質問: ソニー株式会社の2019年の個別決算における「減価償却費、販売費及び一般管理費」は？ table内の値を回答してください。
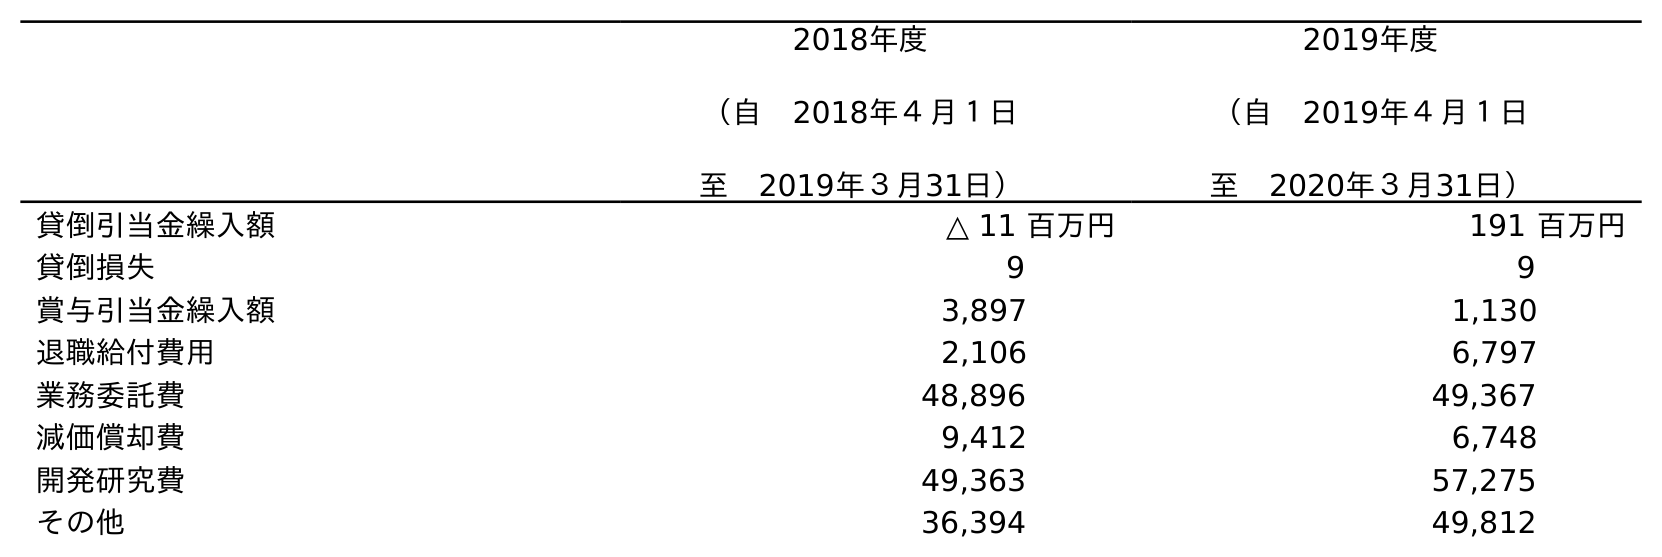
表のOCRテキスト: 2018年度 （自 2018年４月１日 至 2019年３月31日） 2019年度 （自 2019年４月１日 至 2020年３月31日） 貸倒引当金繰入額 △ 11 百万円 191 百万円 貸倒損失 9 9 賞与引当金繰入額 3,897 1,130 退職給付費用 2,106 6,797 業務委託費 48,896 49,367 減価償却費 9,412 6,748 開発研究費 49,363 57,275 その他 36,394 49,812
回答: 9,412